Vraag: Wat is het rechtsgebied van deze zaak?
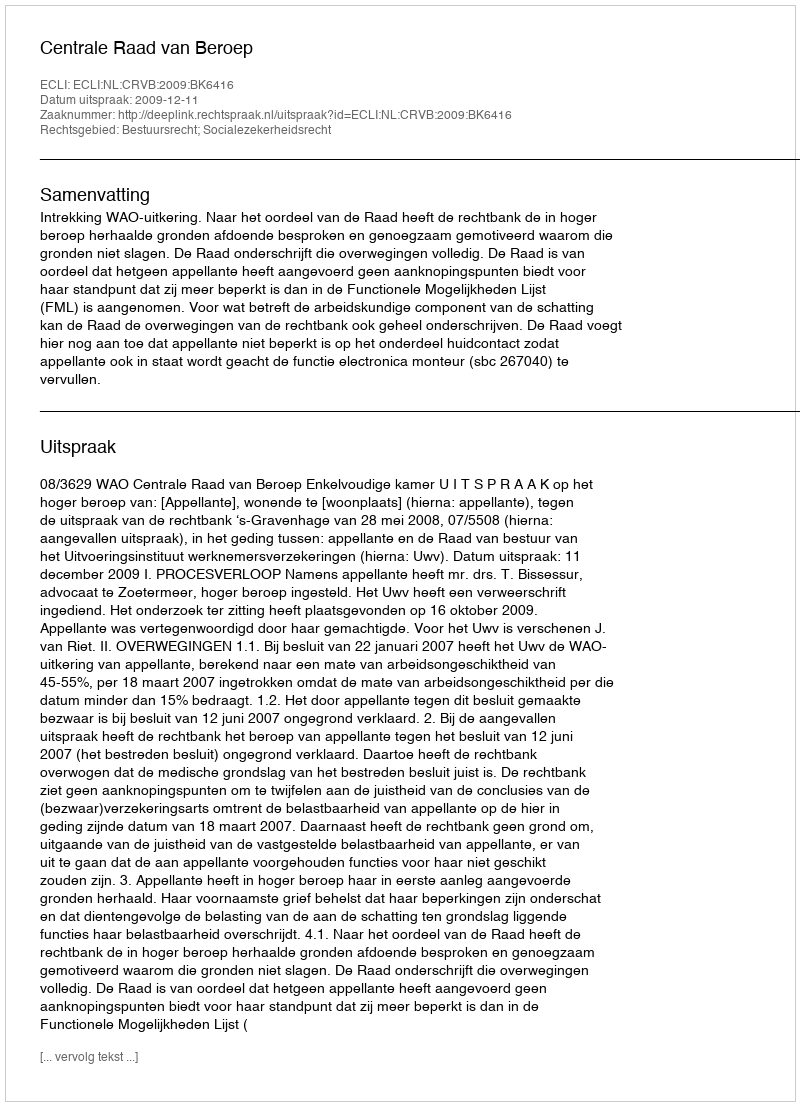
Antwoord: Bestuursrecht; Socialezekerheidsrecht